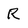
Character: R